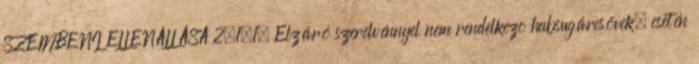
SZEMBENI ELLENÁLLÁSA 2.1.1. Elzáró szerelvénnyel nem rendelkezõ habsugárcsövek, esetén